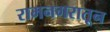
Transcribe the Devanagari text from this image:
रामनगरातून